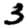
Digit: 3